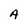
Character: A